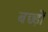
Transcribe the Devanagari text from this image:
बछ्ड़ों